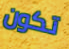
تكون